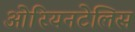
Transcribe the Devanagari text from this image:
ओरियनटेलिस